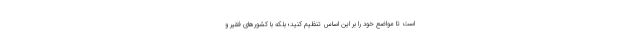
است تا مواضع خود را بر این اساس تنظیم کنید؛ بلکه با کشورهای فقیر و